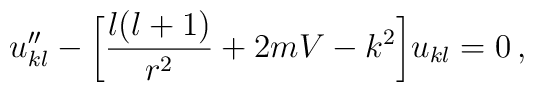
u''_{kl}-\bigg\lbrack\frac{l(l+1)}{r^2}+2mV-k^2\bigg\rbrack u_{kl}=0\,,